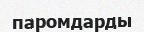
паромдарды